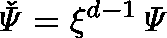
\mathit { \check { \Psi } } = \xi ^ { d - 1 } \mathit { \Psi }